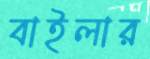
বাইলার